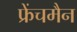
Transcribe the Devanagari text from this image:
फ्रेंचमैन